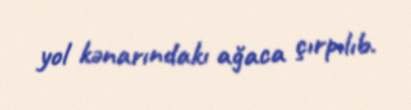
yol kənarındakı ağaca çırpılıb.